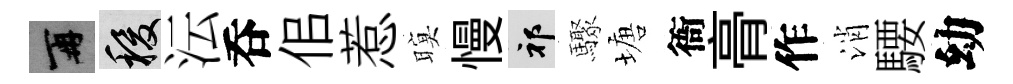
再稷沄呑佀惹暝慢祁驟塘衙𮌔作消騕幼